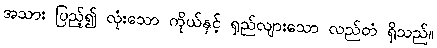
အသား ပြည့်၍ လုံးသော ကိုယ်နှင့် ရှည်လျားသော လည်တံ ရှိသည်။